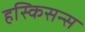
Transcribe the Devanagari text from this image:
हस्किसन्स